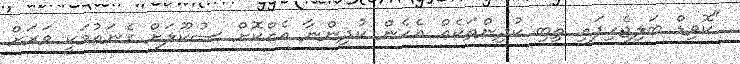
"ކޮވިޑް ބަލިޖެހިފައި ތިބި ކުދިންތަކެއް އެހެން ކުދިންނާ އެއްކޮށް ސުކޫލަށް ގެނައުމަކީ ވަރަށް